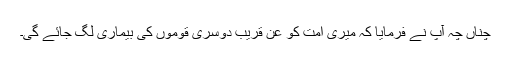
چناں چہ آپؐ نے فرمایا کہ میری اُمت کو عن قریب دوسری قوموں کی بیماری لگ جائے گی۔